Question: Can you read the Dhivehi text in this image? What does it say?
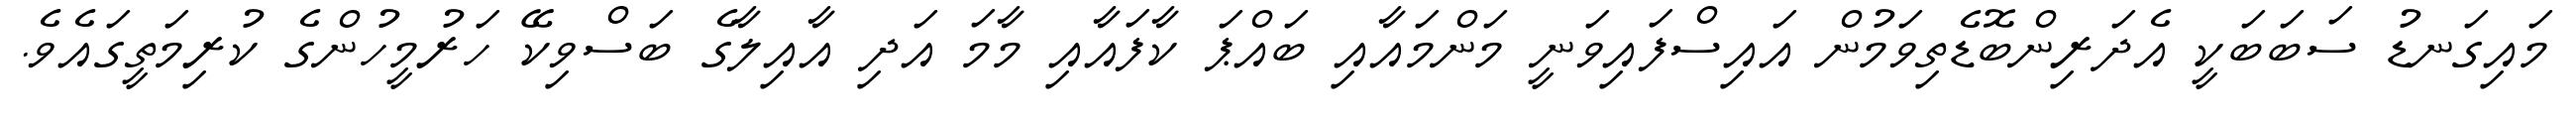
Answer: މައިގަނޑު ސަބަބަކީ އެދަރިންބޮޑެތިވަމުން އައިސްފައިވަނީ މަންމައާއި ބައްޕަ ކާފައާއި މާމަ އަދި އާއިލާގެ ބަސްވިކޭ ހަރުމީހުންގެ ކުރިމަތީގައެވެ.